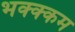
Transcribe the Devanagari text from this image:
भक्‍क्‍कम